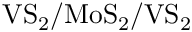
\mathrm { V S _ { 2 } / M o S _ { 2 } / V S _ { 2 } }